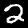
Label: 2